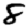
Digit: 8